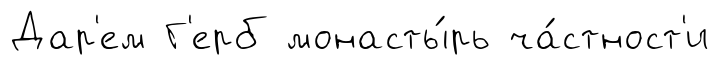
Дар'ем Г'ерб монасты́рь ча́стност'и